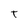
Character: T